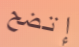
إتضح